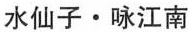
水仙子\cdot 咏江南